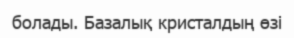
болады. Базалық кристалдың өзі